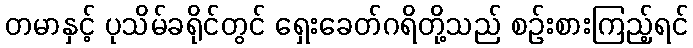
တမာနှင့် ပုသိမ်ခရိုင်တွင် ရှေးခေတ်ဂရိတို့သည် စဉ်းစားကြည့်ရင်